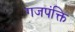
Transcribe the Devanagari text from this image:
गजपंक्ति